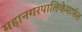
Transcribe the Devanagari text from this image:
महानगरपालिकेमार्फत